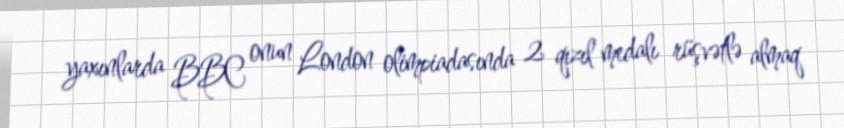
yaxınlarda BBC onun London olimpiadasında 2 qızıl medalı rüşvətlə almaq